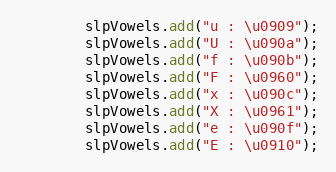
Language: Java
        slpVowels.add("u : \u0909");
        slpVowels.add("U : \u090a");
        slpVowels.add("f : \u090b");
        slpVowels.add("F : \u0960");
        slpVowels.add("x : \u090c");
        slpVowels.add("X : \u0961");
        slpVowels.add("e : \u090f");
        slpVowels.add("E : \u0910");